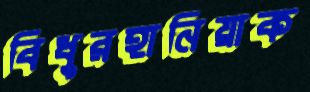
বিধুরহানিয়াক